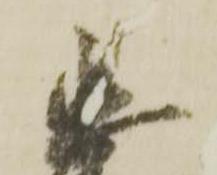
忠